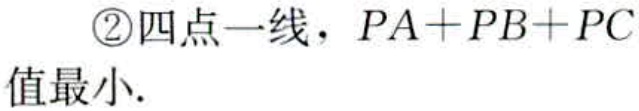
\textcircled{2}四点一线，\(PA + PB + PC\)值最小.